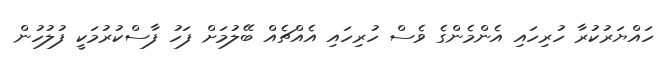
ހައްޔަރުކުރާ ހުރިހައި އެންމެންގެ ވެސް ހުރިހައި އެއްޗެއް ބޭލުމަށް ފަހު ފާސްކުރުމަކީ ފުލުހުން